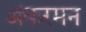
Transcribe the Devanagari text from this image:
ॲकरमन